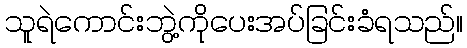
သူရဲကောင်းဘွဲ့ကိုပေးအပ်ခြင်းခံရသည်။